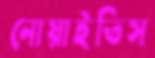
নোয়াইতিস